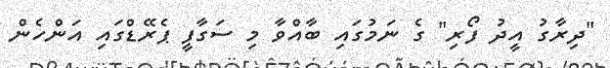
"ދިރާގު އީދު ފޯރި" ގެ ނަމުގައި ބާއްވާ މި ސަގާފީ ޕެރޭޑްގައި އަންހެން